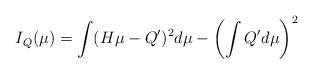
LaTeX: \begin{align*}I_{Q}(\mu)=\int(H\mu-Q')^{2}d\mu-\left(\int Q' d\mu \right)^{2}\end{align*}